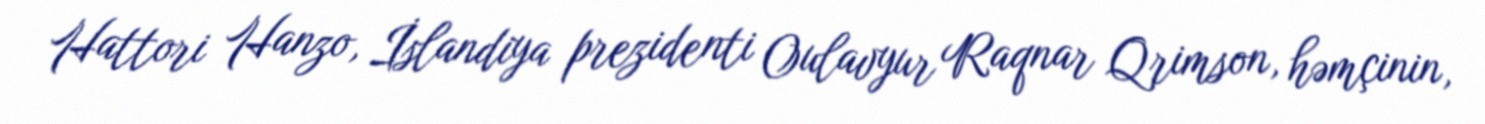
Hattori Hanzo, İslandiya prezidenti Oulavyur Raqnar Qrimson, həmçinin,